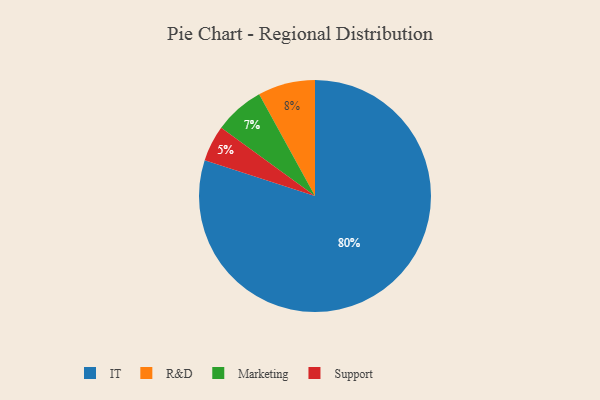
{"axis": {"x": "Category", "y": "Percentage"}, "legend": ["IT", "Marketing", "R&D", "Support"], "data": [{"x": "Support", "y": 5, "type": "Support"}, {"x": "IT", "y": 80, "type": "IT"}, {"x": "Marketing", "y": 7, "type": "Marketing"}, {"x": "R&D", "y": 8, "type": "R&D"}]}